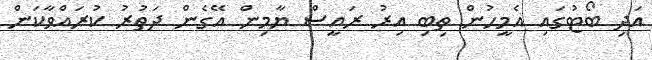
އަދި ބޯޓުގައި އެމީހުން ތިބި އިރު ރައީސް ޔާމިން އޭގެން ދަތުރު ކުރައްވާކަން